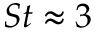
S t \approx 3